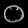
Digit: ၀